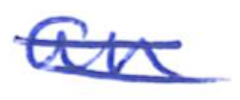
Text: an
Cross-out: double-line
Writing tool: ballpoint